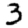
Digit: 3